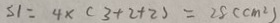
S 1 = 4 \times ( 3 + 2 + 2 ) = 2 8 ( c m ^ { 2 } )